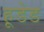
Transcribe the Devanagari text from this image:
हूडेड